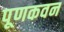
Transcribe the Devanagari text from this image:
पूणकवन